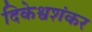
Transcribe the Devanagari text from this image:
दिकेश्वशंकर